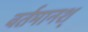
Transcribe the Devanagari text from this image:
वर्तमानश्